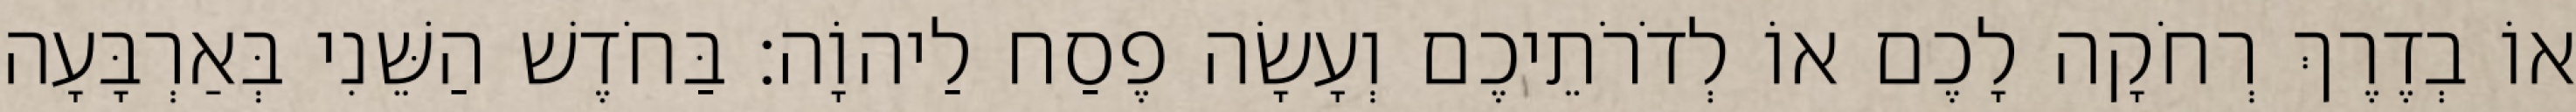
אוֹ בְדֶרֶךְ רְחֹקָה לָכֶם אוֹ לְדֹרֹתֵיכֶם וְעָשָׂה פֶסַח לַיהוָֹה׃ בַּחֹדֶשׁ הַשֵּׁנִי בְּאַרְבָּעָה